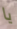
يا